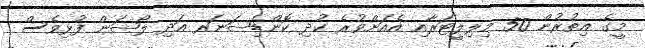
މީގެ އިތުރުން 50 މިލިލީޓަރާއި އެއަށްވުރެ ކުދި ކޮންޑިޝަނަރ އަދި ލޯޝަން ފުޅިވެސް